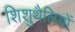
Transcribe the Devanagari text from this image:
शिशुथैलियों